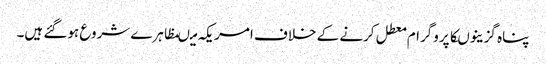
پناہ گزینوںکاپروگرام معطل کرنے کے خلاف امریکہ میںمظاہرے شروع ہوگئے ہیں۔